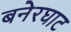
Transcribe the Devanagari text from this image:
बनेरघाट